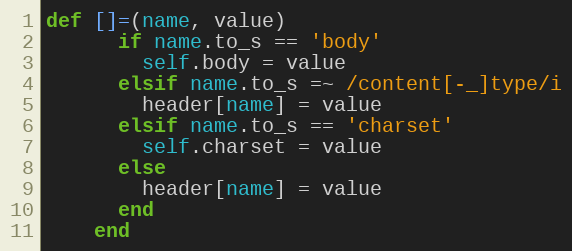
Language: Ruby
def []=(name, value)
      if name.to_s == 'body'
        self.body = value
      elsif name.to_s =~ /content[-_]type/i
        header[name] = value
      elsif name.to_s == 'charset'
        self.charset = value
      else
        header[name] = value
      end
    end